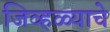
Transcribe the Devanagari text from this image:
जिव्हळ्याचे